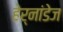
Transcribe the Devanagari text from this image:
हेर्नांडेज